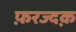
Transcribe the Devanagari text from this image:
फ़रज्दक़